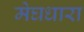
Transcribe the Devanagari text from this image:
मेघधारा